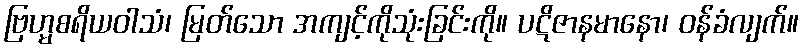
ဗြဟ္မစရိယဝါသံ၊ မြတ်သော အကျင့်ကိုသုံးခြင်းကို။ ပဋိဇာနမာနော၊ ဝန်ခံလျက်။